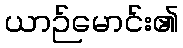
ယာဉ်မောင်း၏